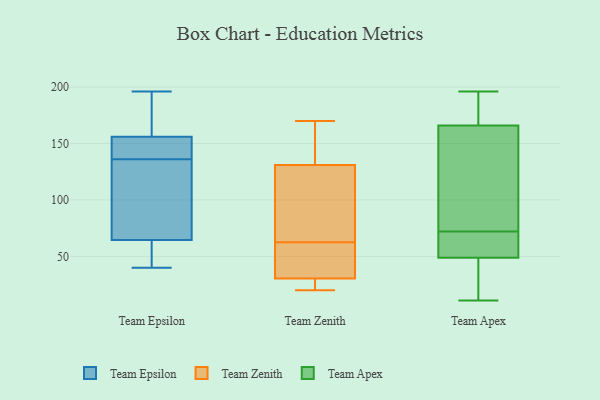
{"axis": {"x": "Inventory Turnover", "y": "Value"}, "legend": ["Team Apex", "Team Epsilon", "Team Zenith"], "data": [{"x": "", "y": 66, "type": "Team Epsilon"}, {"x": "", "y": 132, "type": "Team Epsilon"}, {"x": "", "y": 153, "type": "Team Epsilon"}, {"x": "", "y": 195, "type": "Team Epsilon"}, {"x": "", "y": 53, "type": "Team Epsilon"}, {"x": "", "y": 64, "type": "Team Epsilon"}, {"x": "", "y": 144, "type": "Team Epsilon"}, {"x": "", "y": 196, "type": "Team Epsilon"}, {"x": "", "y": 40, "type": "Team Epsilon"}, {"x": "", "y": 167, "type": "Team Epsilon"}, {"x": "", "y": 96, "type": "Team Epsilon"}, {"x": "", "y": 53, "type": "Team Epsilon"}, {"x": "", "y": 41, "type": "Team Epsilon"}, {"x": "", "y": 158, "type": "Team Epsilon"}, {"x": "", "y": 148, "type": "Team Epsilon"}, {"x": "", "y": 105, "type": "Team Epsilon"}, {"x": "", "y": 137, "type": "Team Epsilon"}, {"x": "", "y": 157, "type": "Team Epsilon"}, {"x": "", "y": 136, "type": "Team Epsilon"}, {"x": "", "y": 50, "type": "Team Zenith"}, {"x": "", "y": 161, "type": "Team Zenith"}, {"x": "", "y": 30, "type": "Team Zenith"}, {"x": "", "y": 75, "type": "Team Zenith"}, {"x": "", "y": 170, "type": "Team Zenith"}, {"x": "", "y": 45, "type": "Team Zenith"}, {"x": "", "y": 139, "type": "Team Zenith"}, {"x": "", "y": 83, "type": "Team Zenith"}, {"x": "", "y": 123, "type": "Team Zenith"}, {"x": "", "y": 22, "type": "Team Zenith"}, {"x": "", "y": 20, "type": "Team Zenith"}, {"x": "", "y": 31, "type": "Team Zenith"}, {"x": "", "y": 118, "type": "Team Apex"}, {"x": "", "y": 11, "type": "Team Apex"}, {"x": "", "y": 16, "type": "Team Apex"}, {"x": "", "y": 71, "type": "Team Apex"}, {"x": "", "y": 36, "type": "Team Apex"}, {"x": "", "y": 60, "type": "Team Apex"}, {"x": "", "y": 45, "type": "Team Apex"}, {"x": "", "y": 90, "type": "Team Apex"}, {"x": "", "y": 184, "type": "Team Apex"}, {"x": "", "y": 72, "type": "Team Apex"}, {"x": "", "y": 70, "type": "Team Apex"}, {"x": "", "y": 182, "type": "Team Apex"}, {"x": "", "y": 194, "type": "Team Apex"}, {"x": "", "y": 184, "type": "Team Apex"}, {"x": "", "y": 196, "type": "Team Apex"}, {"x": "", "y": 88, "type": "Team Apex"}, {"x": "", "y": 63, "type": "Team Apex"}, {"x": "", "y": 24, "type": "Team Apex"}, {"x": "", "y": 93, "type": "Team Apex"}]}